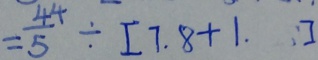
= \frac { 4 4 } { 5 } \div [ 7 . 8 + 1 . ]